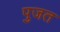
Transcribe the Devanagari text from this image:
पुजत